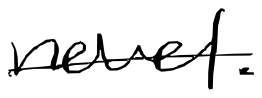
Text: novel.
Cross-out: single-line
Writing tool: digital_black